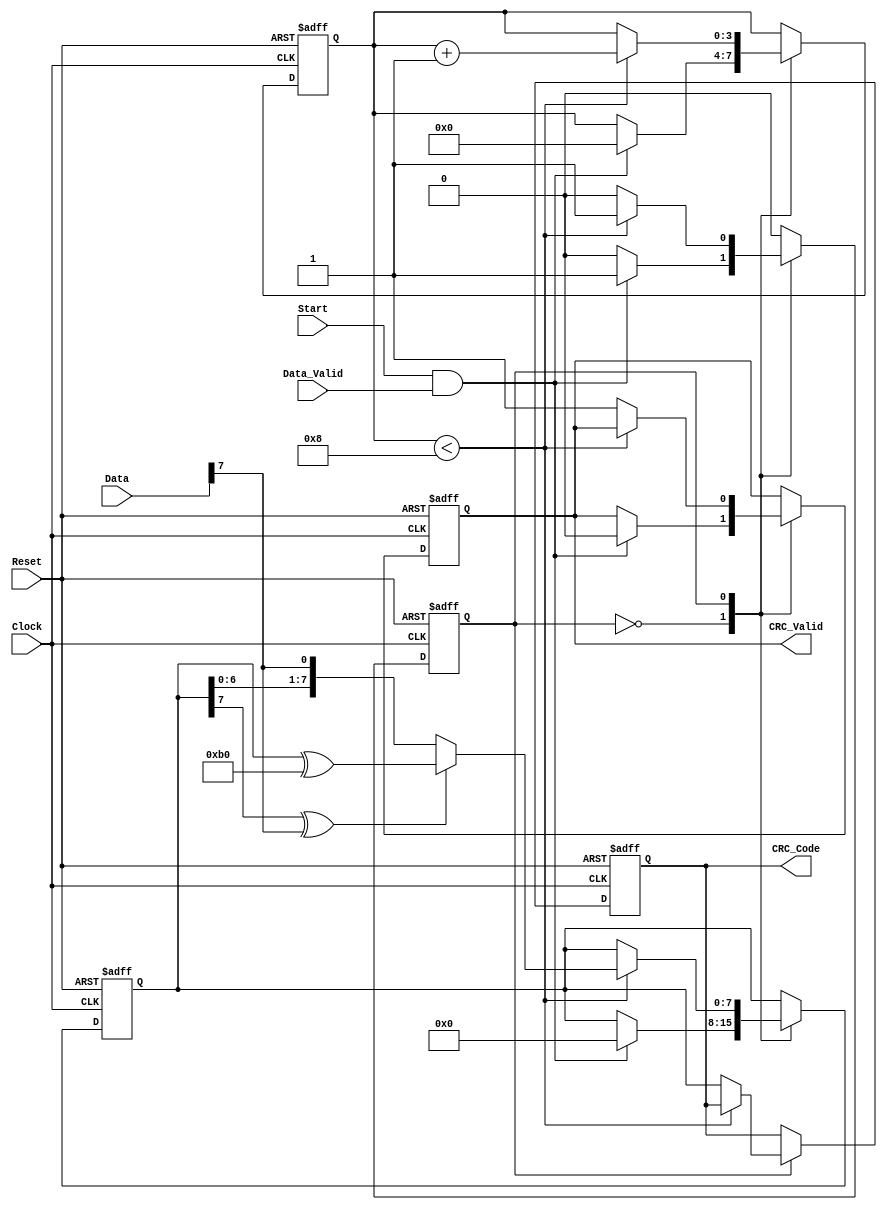
module parameterized_crc #(
    parameter CRC_Width = 8,               // Width of the CRC output
    parameter Polynomial = 8'b1011_0000,    // CRC polynomial (example: x^8 + x^4 + x^3 + x^2 + 1)
    parameter Poly_Degree = 8,              // Degree of the polynomial
    parameter Initial_Value = 8'b00000000   // Initial value of the CRC
)(
    input wire [CRC_Width-1:0] Data,       // Input data
    input wire Data_Valid,                   // Data valid signal
    input wire Start,                        // Start signal for CRC calculation
    input wire Reset,                        // Reset signal
    input wire Clock,                        // Clock signal
    output reg [CRC_Width-1:0] CRC_Code,    // Computed CRC code
    output reg CRC_Valid                     // CRC valid signal
);

    reg [CRC_Width-1:0] crc_reg;            // Shift register for CRC computation
    reg [3:0] bit_count;                     // Bit counter for input data
    reg state;                               // State for FSM (0: Idle, 1: Processing)

    always @(posedge Clock or posedge Reset) begin
        if (Reset) begin
            crc_reg <= Initial_Value;        // Reset CRC to initial value
            CRC_Code <= Initial_Value;
            CRC_Valid <= 0;
            state <= 0;                      // Go to Idle state
            bit_count <= 0;                  // Reset bit counter
        end else begin
            case (state)
                0: begin // Idle State
                    if (Start && Data_Valid) begin
                        crc_reg <= Initial_Value; // Start with initial value
                        bit_count <= 0;          // Reset bit counter
                        CRC_Valid <= 0;          // Clear valid flag
                        state <= 1;              // Move to Processing state
                    end
                end
                1: begin // Processing State
                    if (bit_count < CRC_Width) begin
                        // Shift in the new data bit into the CRC
                        crc_reg <= {crc_reg[CRC_Width-2:0], Data[CRC_Width-1]};
                        
                        // Polynomial division logic
                        if (crc_reg[CRC_Width-1] ^ Data[CRC_Width-1]) begin
                            crc_reg <= crc_reg ^ (Polynomial << (CRC_Width - Poly_Degree));
                        end
                        bit_count <= bit_count + 1; // Increment the bit count
                    end else begin
                        CRC_Code <= crc_reg;       // Output the computed CRC
                        CRC_Valid <= 1;            // Set valid flag
                        state <= 0;                // Go back to Idle state
                    end
                end
            endcase
        end
    end
endmodule